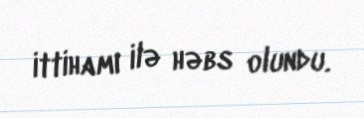
ittihamı ilə həbs olundu.